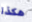
هكذا